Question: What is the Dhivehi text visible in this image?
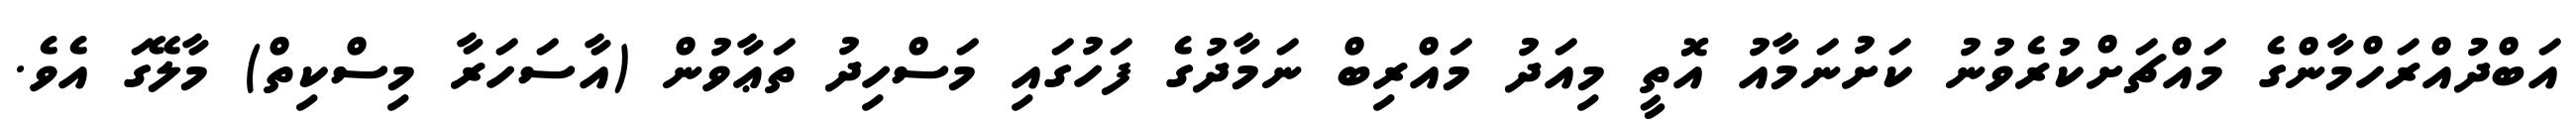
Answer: އަބްދުއްރަހްމާންގެ މައްޗަށްކުރެވުނު ކަށުނަމާއު އޮތީ މިއަދު މައްރިބް ނަމާދުގެ ފަހުގައި މަސްހިދު ތަޢާވުން (އާސަހަރާ މިސްކިތް) މާލޭގަ އެވެ.